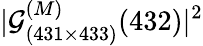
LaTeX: |\mathcal{G}_{(431\times 433)}^{(M)}(432)|^{2}